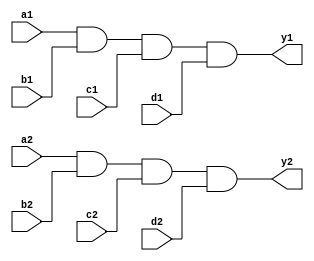
`timescale 1ns / 1ps
/////////////////////////////////////////////////////////////////
// Module Name: two_4_input_and_gate
// Description: Two 4-input AND gate with DELAY configuration parameter
// Parameters: DELAY
/////////////////////////////////////////////////////////////////

module two_4_input_and_gate#(parameter DELAY = 10)(
    input wire a1,b1,c1,d1,a2,b2,c2,d2,
    output wire y1,y2
    );
    
    and #DELAY (y1,a1,b1,c1,d1);
    and #DELAY (y2,a2,b2,c2,d2);
    
endmodule